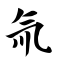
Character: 氚